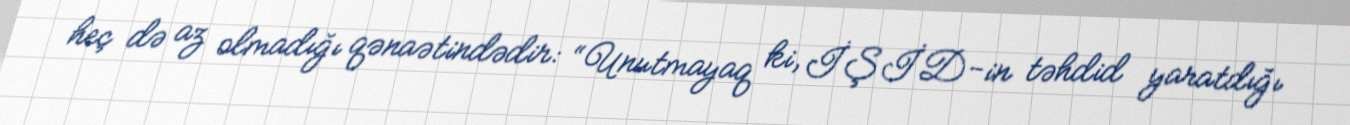
heç də az olmadığı qənaətindədir: “Unutmayaq ki, İŞİD-in təhdid yaratdığı